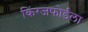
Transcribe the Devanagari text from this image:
किंग्जफोर्डला